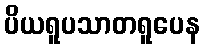
ပိယရူပသာတရူပေန